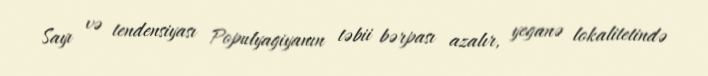
Sayı və tendensiyası Populyagiyanın təbii bərpası azalır, yeganə lokalitetində